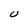
Character: U